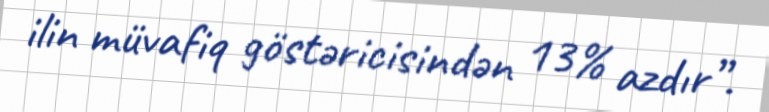
ilin müvafiq göstəricisindən 13% azdır”.